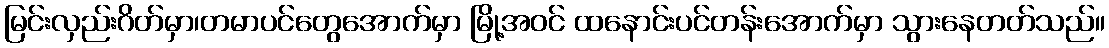
မြင်းလှည်းဂိတ်မှာ၊တမာပင်တွေအောက်မှာ မြို့အဝင် ထနောင်းပင်တန်းအောက်မှာ သွားနေတတ်သည်။